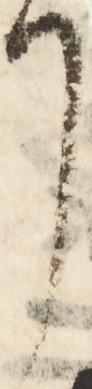
了